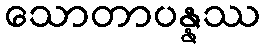
သောတာပန္နဿ